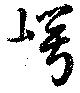
崿